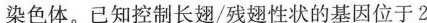
染色体。已知控制长翅/残翅性状的基因位于2